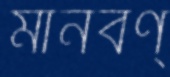
মানবণ্